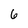
Character: 6